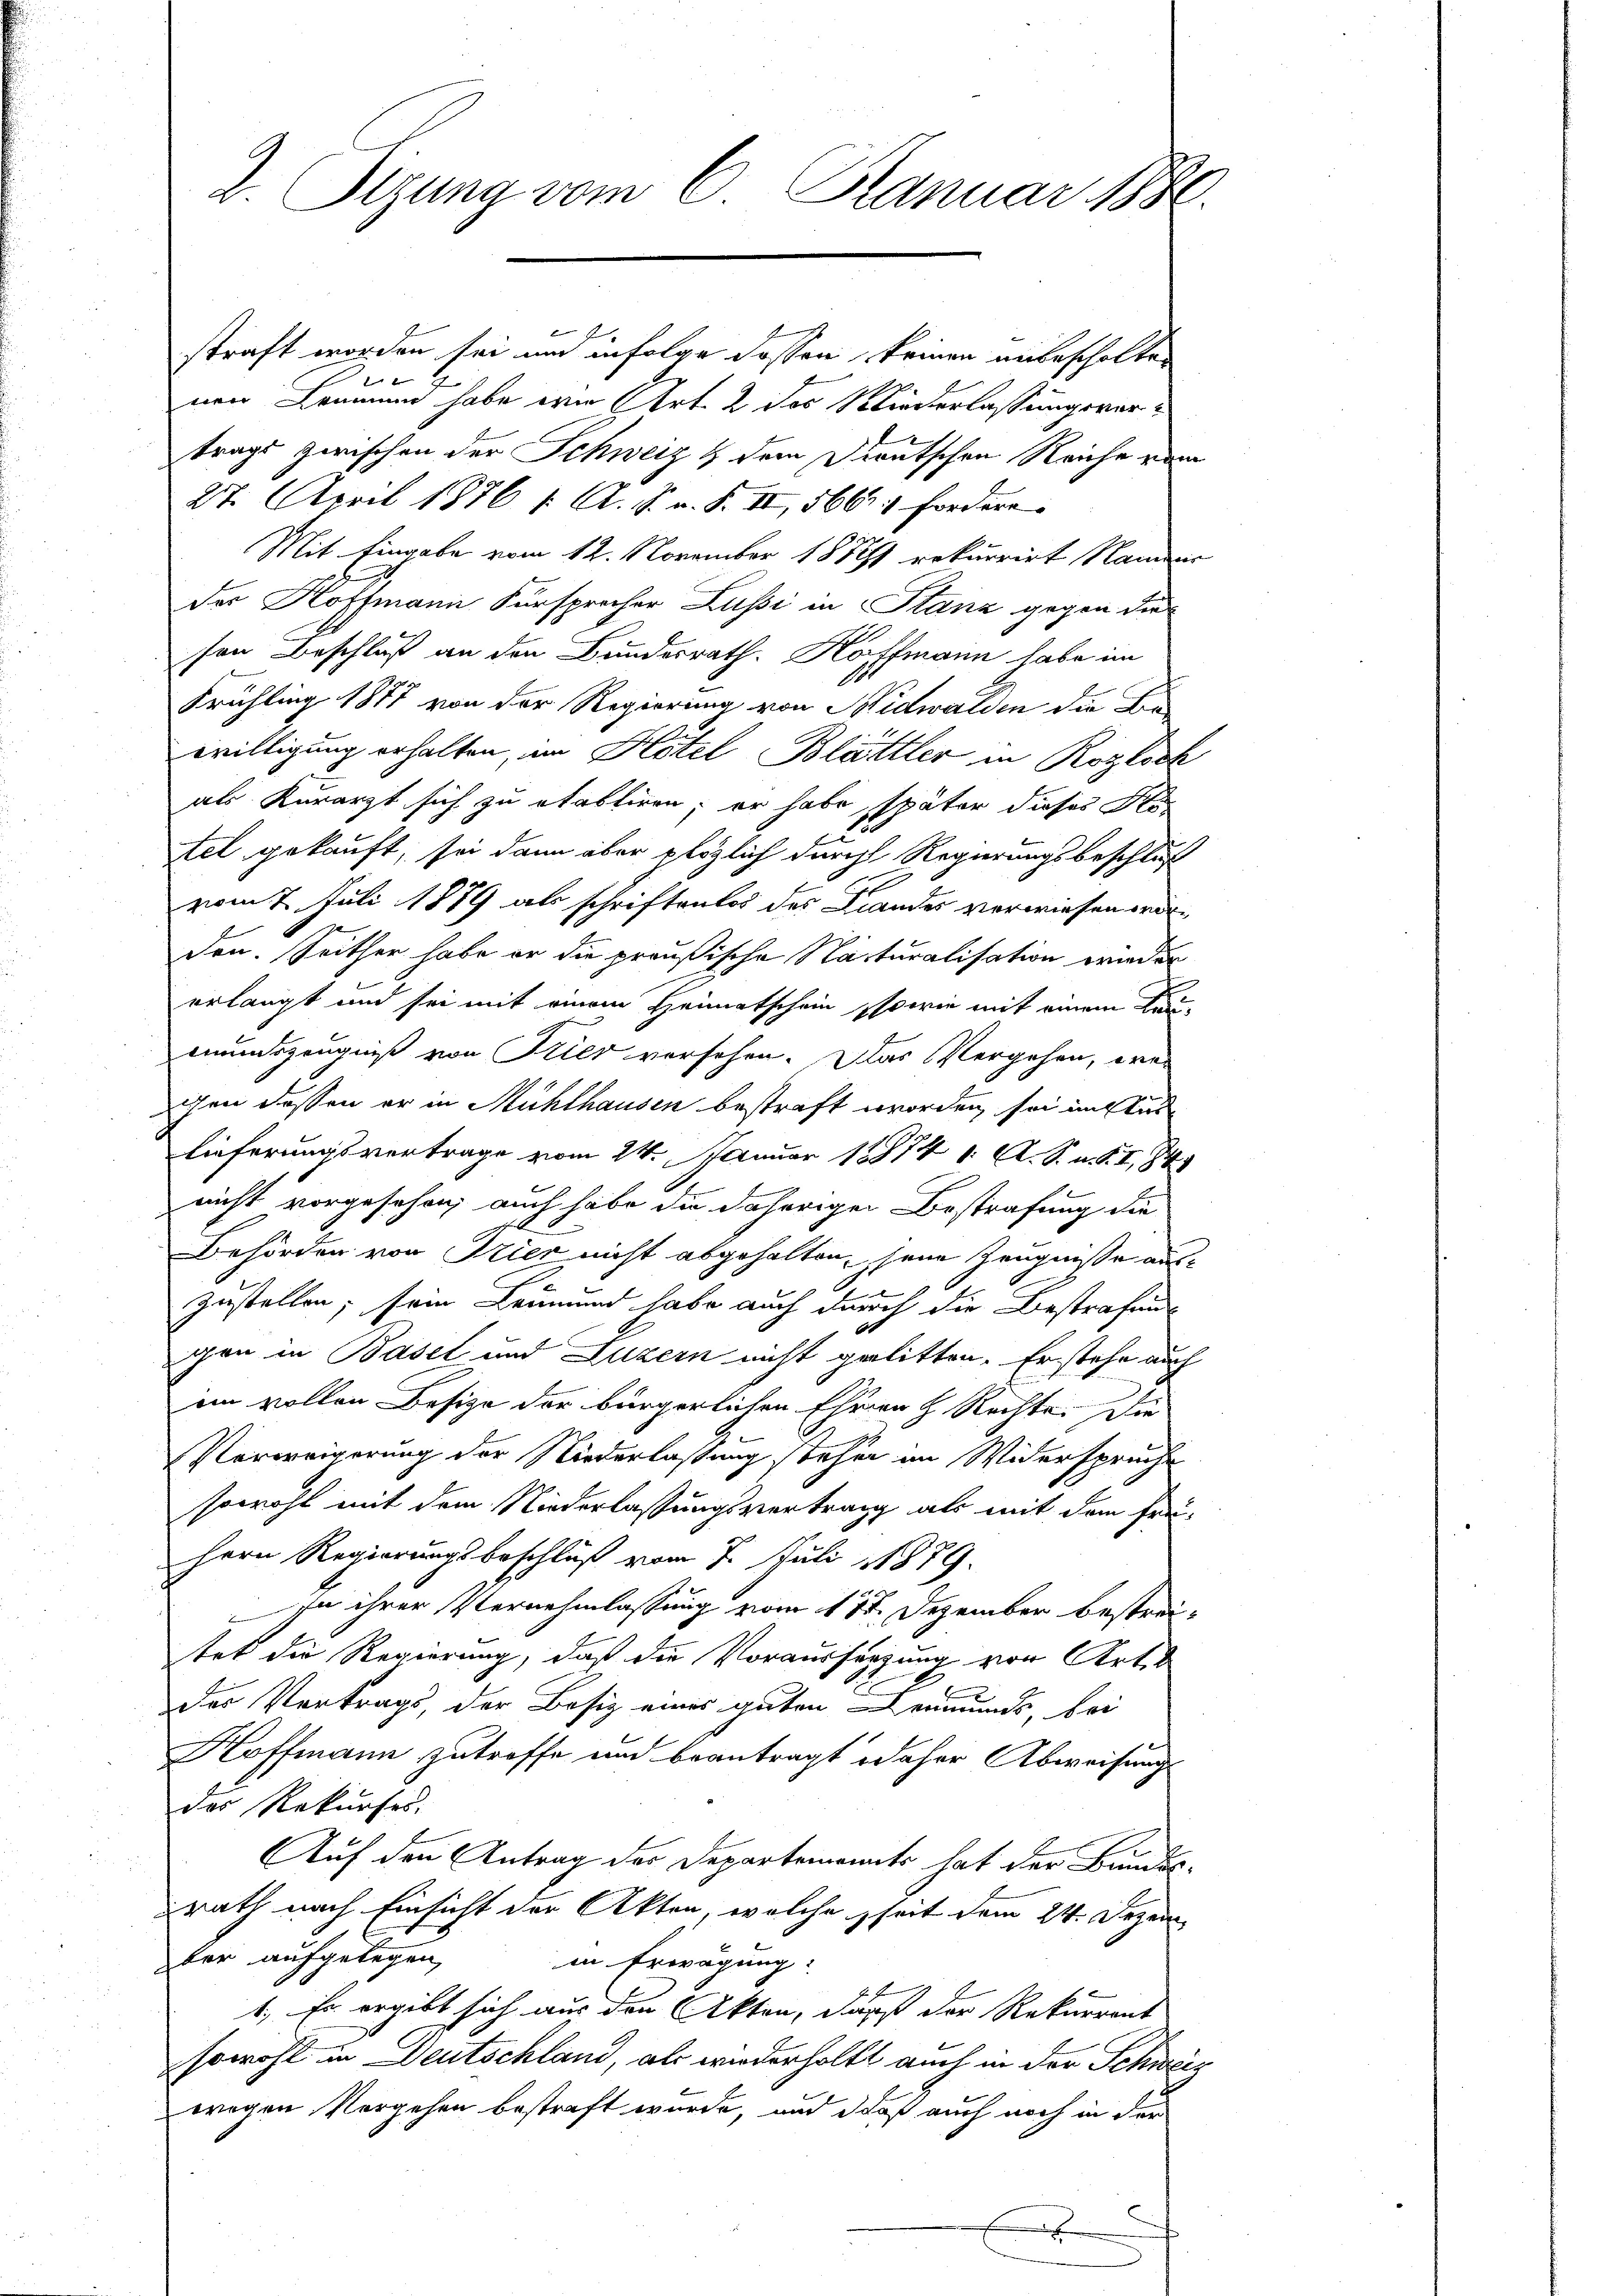
2. Sizung vom 6. Januar 1880.

straft worden sei und infolge dassen, keinen unbescholten

nen Leumund habe wie Art. 2 des Niederlassungsvertragt zwischen der Schweiz & dem Dientschen Reiche vom
27. April 1876 f. A. R. n. F. II, 5661) fordern.
Mit Eingabe vom 12. November 1881 rekurrirt Namens
der Hoffmann Fürsprocher Lussi in Stanz gegen die
sen Beschluß an den Bundesrath. Koffmann habe im
Frühling 1877 von der Regierung von Nidwalden die Be-
willigung erhalten, im Hotel Blättler in Roglock
als Kurarzt sich zu etabliren; er habe später dieses Sto
tel gekauft, sei dann aber plötzlich durch Regierungsbeschluß
vom 7. Juli 1879 als schriftenlos des Landes verwiesen worden. Seither habe er die preußische Naturalisation wieder
erlangt und sei mit einem Heimatschein, sowie mit einem Be
mundszeugniß von Stier vorsehen. Das Vergehen, wei
gen dessen er in Mühlhausen bestraft worden sei instit
lieferungsvertrage vom 24. Januar 18874 1. A. S. u. S. I, 84
nicht vorgesehen, auch habe die daherigen Bestrafung die
Behörden von Trier nicht abgehalten, seine Zeugnisse auszustellen; sein Leumund habe auch durch die Bestrafeng
1
gen in Basel und Luzern nicht gelitten. Er stehe auch
en vollen Besize der bürgerlichen Ehren H. Rechte. Die
Verweigerung der Niederlassung stehen im Widersprüche
sowohl mit dem Niederlassungsvertrag als mit dem frü-
Hern Regierungsbeschluß vom 7. Juli 1879.
 In ihrer Vernehmlassung vom 11ten Dezember bestreitet die Regierung, daß die Vorausserzung von Art.
des Vertrags, der Besiz eines guten Leumunds, bei
Hoffmann zutroffe und beantragt daher Abweisung
des Rekurses.
Auf den Antrag der Departemonts hat der Bundes-
rath nach Einsicht der Akten, welche seit dem 24. Dezem
ker aufgelegen,
in Erwägung:
1., Er ergibt sich aus den Akten, daß der Rekurrent
sowohl in Deutschland, als wiederholft auch in der Schweiz
wegen Vorgehen bestraft wurde, und daß auch noch in der